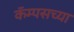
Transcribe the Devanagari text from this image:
कॅम्पसच्या